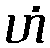
ဟံ